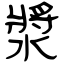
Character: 漿